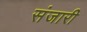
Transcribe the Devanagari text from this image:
संजारी